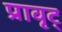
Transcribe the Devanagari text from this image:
प्रावृट्